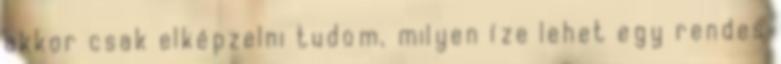
akkor csak elképzelni tudom, milyen íze lehet egy rendes